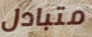
متبادل